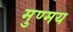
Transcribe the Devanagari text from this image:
मुण्मय